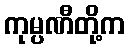
ကုမ္ပဏီတို့က